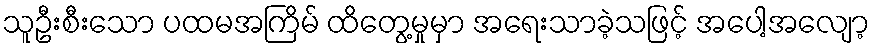
သူဦးစီးသော ပထမအကြိမ် ထိတွေ့မှုမှာ အရေးသာခဲ့သဖြင့် အပေါ့အလျော့